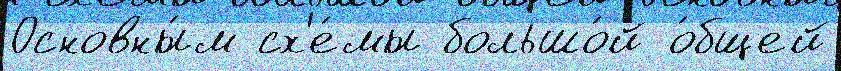
Основны́м сх'е́мы большо́й о́бщей